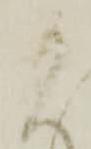
よ